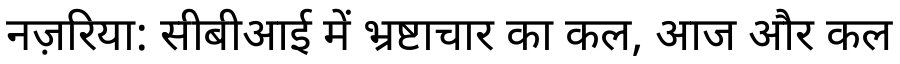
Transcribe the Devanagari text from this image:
नज़रिया: सीबीआई में भ्रष्टाचार का कल, आज और कल